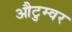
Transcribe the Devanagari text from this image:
औटुम्वर